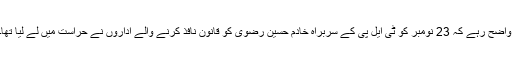
واضح رہے کہ 23 نومبر کو ٹی ایل پی کے سربراہ خادم حسین رضوی کو قانون نافذ کرنے والے اداروں نے حراست میں لے لیا تھا۔